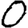
Digit: 0